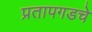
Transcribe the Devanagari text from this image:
प्रतापगडचे